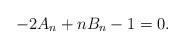
LaTeX: \begin{align*}-2A_n+nB_n-1=0.\end{align*}